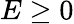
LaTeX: E\geq 0